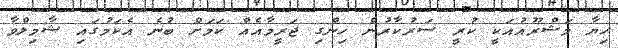
ހިޔާ މަޝްރޫއުއަކީ ކުރީ ސަރުކާރުން ހިންގި ޖަރީމާއެއް ކަމަށް ބުނެ އެކަމުގައި ޝާމިލްވާ